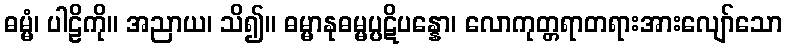
ဓမ္မံ၊ ပါဠိကို။ အညာယ၊ သိ၍။ ဓမ္မာနုဓမ္မပ္ပဋိပန္နော၊ လောကုတ္တရာတရားအားလျော်သော